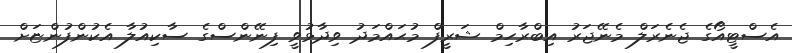
އެސްޓީއޯގެ ޖެނެރަލް މެނޭޖަރު އިބްރާހިމް ޝަރީފް މުޙައްމަދު ވިދާޅުވީ ފިނޭންސްގެ ސާކިއުލާ އެކުންފުންޏަށް